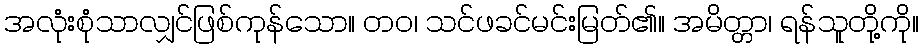
အလုံးစုံသာလျှင်ဖြစ်ကုန်သော။ တဝ၊ သင်ဖခင်မင်းမြတ်၏။ အမိတ္တာ၊ ရန်သူတို့ကို။